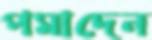
পমাদেন